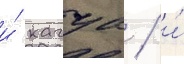
и́ кагуа / и́